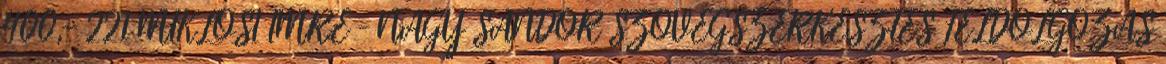
400,- 221 MIKLÓSI IMRE – NAGY SÁNDOR SZÖVEGSZERKESZTÉS FELDOLGOZÁS